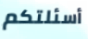
أسئلتكم